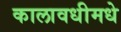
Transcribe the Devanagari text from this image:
कालावधीमधे